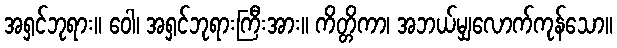
အရှင်ဘုရား။ ဝေါ၊ အရှင်ဘုရားကြီးအား။ ကိတ္တိကာ၊ အဘယ်မျှလောက်ကုန်သော။